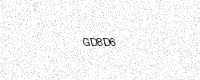
Text: GD8D6